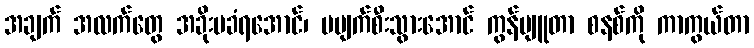
အချက် အလက်တွေ အခိုးမခံရအောင်၊ မပျက်စီးသွားအောင် ကွန်ပျူတာ စနစ်ကို ကာကွယ်တာ